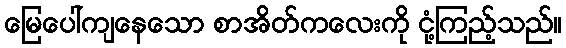
မြေပေါ်ကျနေသော စာအိတ်ကလေးကို ငုံ့ကြည့်သည်။